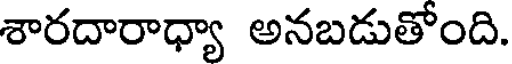
శారదారాధ్యా అనబడుతోంది.